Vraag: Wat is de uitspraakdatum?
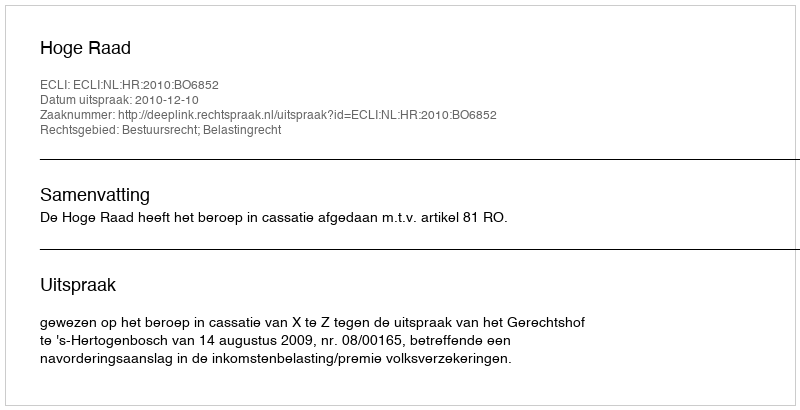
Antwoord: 2010-12-10